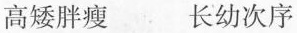
高矮胖瘦 长幼次序